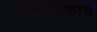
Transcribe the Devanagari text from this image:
पिकविंकाद्य